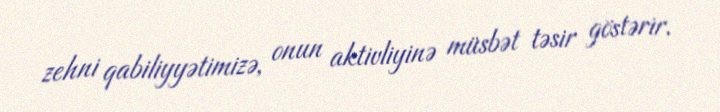
zehni qabiliyyətimizə, onun aktivliyinə müsbət təsir göstərir.